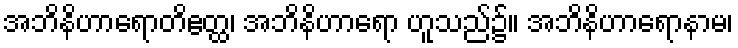
အဘိနိဟာရောတိဧတ္ထ၊ အဘိနိဟာရော ဟူသည်၌။ အဘိနိဟာရောနာမ၊